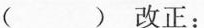
() 改正：